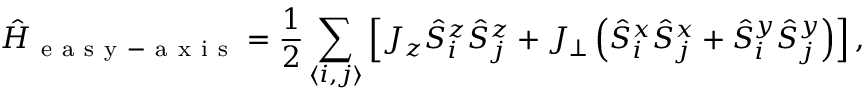
\hat { H } _ { \mathrm { ~ e ~ a ~ s ~ y ~ - ~ a ~ x ~ i ~ s ~ } } = \frac { 1 } { 2 } \sum _ { \langle i , j \rangle } \left[ J _ { z } \hat { S } _ { i } ^ { z } \hat { S } _ { j } ^ { z } + J _ { \perp } \left( \hat { S } _ { i } ^ { x } \hat { S } _ { j } ^ { x } + \hat { S } _ { i } ^ { y } \hat { S } _ { j } ^ { y } \right) \right] ,